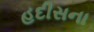
હદીસના